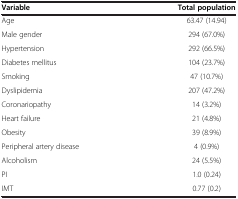
<table><thead><tr><td><b>Variable</b></td><td><b>Total population</b></td></tr></thead><tbody><tr><td>Age</td><td>63.47 (14.94)</td></tr><tr><td>Male gender</td><td>294 (67.0%)</td></tr><tr><td>Hypertension</td><td>292 (66.5%)</td></tr><tr><td>Diabetes mellitus</td><td>104 (23.7%)</td></tr><tr><td>Smoking</td><td>47 (10.7%)</td></tr><tr><td>Dyslipidemia</td><td>207 (47.2%)</td></tr><tr><td>Coronariopathy</td><td>14 (3.2%)</td></tr><tr><td>Heart failure</td><td>21 (4.8%)</td></tr><tr><td>Obesity</td><td>39 (8.9%)</td></tr><tr><td>Peripheral artery disease</td><td>4 (0.9%)</td></tr><tr><td>Alcoholism</td><td>24 (5.5%)</td></tr><tr><td>PI</td><td>1.0 (0.24)</td></tr><tr><td>IMT</td><td>0.77 (0.2)</td></tr></tbody></table>